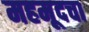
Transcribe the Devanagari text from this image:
महमूदचा